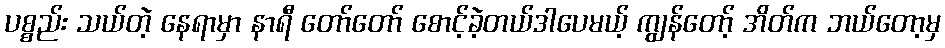
ပစ္စည်း သယ်တဲ့ နေရာမှာ နာရီ တော်တော် စောင့်ခဲ့တယ်ဒါပေမယ့် ကျွန်တော့် အိတ်က ဘယ်တော့မှ